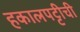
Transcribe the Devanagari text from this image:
हकालपट्टीची